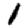
Digit: 1